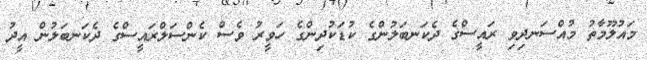
މައުލޫމާތު މުއްސަނދިވި ރައީސްގެ ދެކަނބަލުންގެ ކުޑަކުދިންގެ ހަވީރު ވެސް ކެންސަލްރައީސްގެ ދެކަނބަލުން އީދު